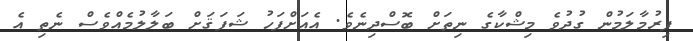
ފިރުމާލަމުން ގުދުވެ މިޝްކާގެ ނިތަށް ބޮސްދިނެވެ. އެއަށްފަހު ޝަފަޤަށް ބަލާލުމެއްވެސް ނެތި އެ